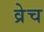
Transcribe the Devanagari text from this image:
व्रेच